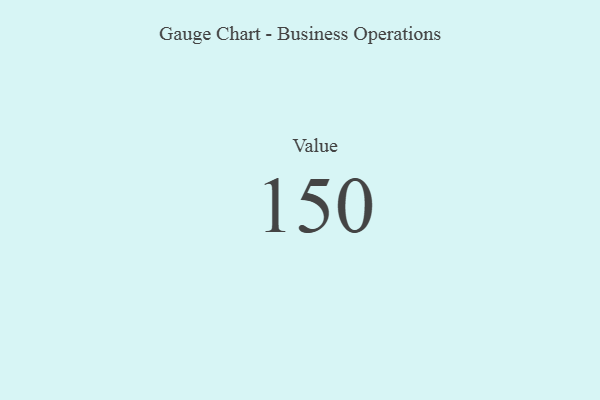
{"axis": {"x": "Metric", "y": "Value"}, "legend": [""], "data": [{"x": "Value", "y": 150, "type": ""}]}